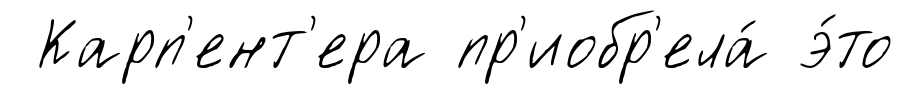
Карп'ент'ера пр'иобр'ела́ э́то